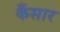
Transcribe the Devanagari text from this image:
कँसार